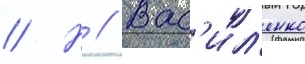
// Н // Вас'ил'енко